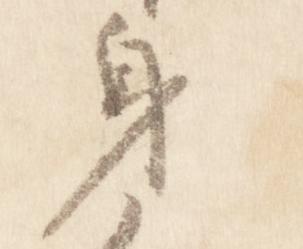
身